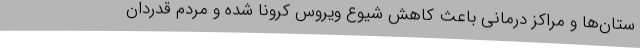
ستان‌ها و مراکز درمانی باعث کاهش شیوع ویروس کرونا شده و مردم قدردان